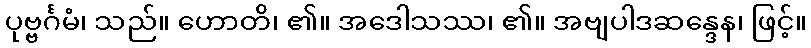
ပုဗ္ဗင်္ဂမံ၊ သည်။ ဟောတိ၊ ၏။ အဒေါသဿ၊ ၏။ အဗျပါဒဆန္ဒေန၊ ဖြင့်။